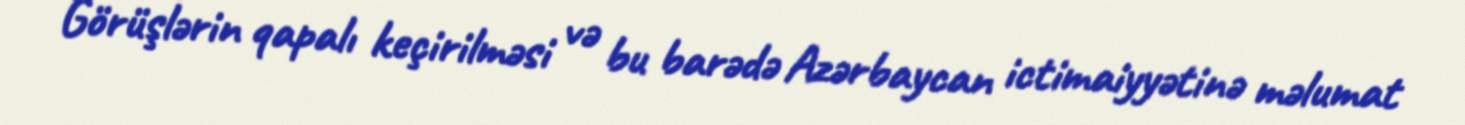
Görüşlərin qapalı keçirilməsi və bu barədə Azərbaycan ictimaiyyətinə məlumat